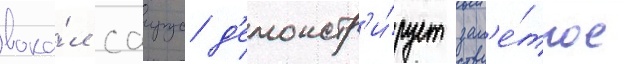
вока́л саирус д'емонстр'и́рует зам'е́тное